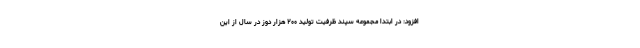
افزود: در ابتدا مجموعه سپند ظرفیت تولید ۲۰۰ هزار دوز در سال از این